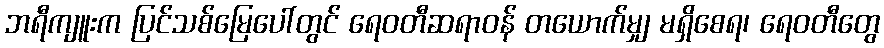
ဘရီကျူးက ပြင်သစ်မြေပေါ်တွင် ရေဝတီဆရာဝန် တယောက်မျှ မရှိစေရ၊ ရေဝတီတွေ